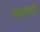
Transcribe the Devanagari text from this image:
बरारा